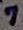
Text: 7